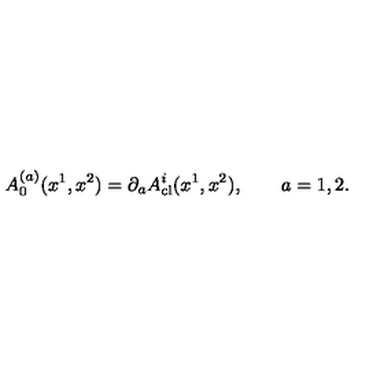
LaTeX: A _ { 0 } ^ { ( a ) } ( x ^ { 1 } , x ^ { 2 } ) = \partial _ { a } A _ { \mathrm { c l } } ^ { i } ( x ^ { 1 } , x ^ { 2 } ) , \qquad a = 1 , 2 .